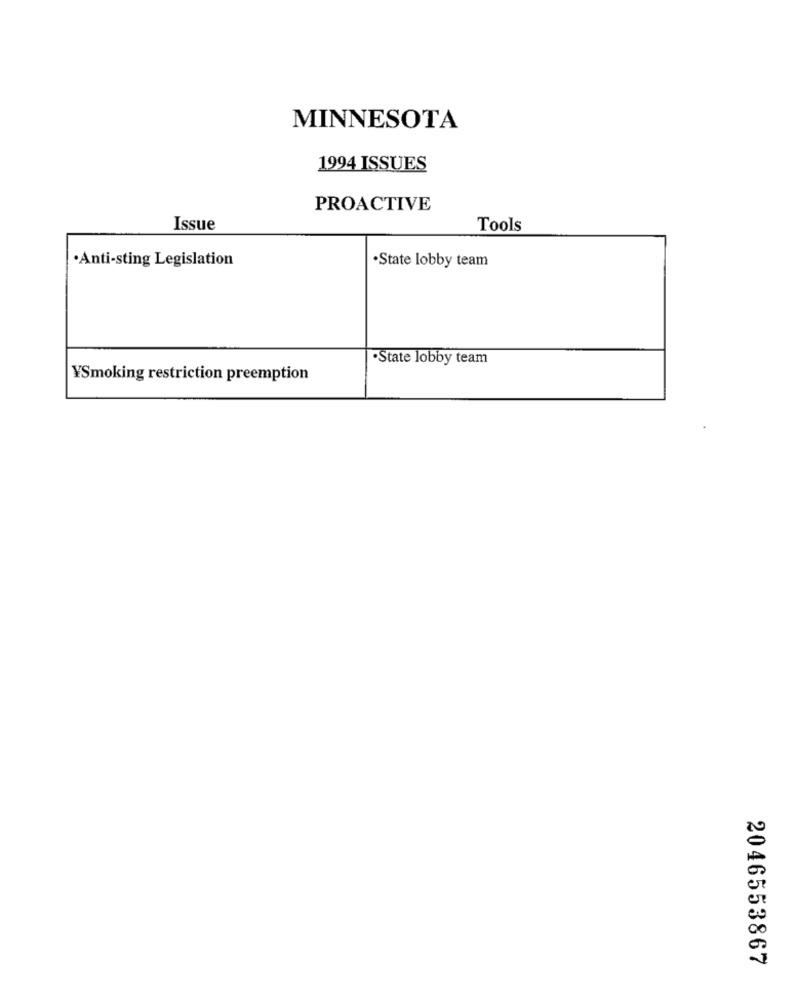
MINNESOTA
1994 ISSUES
PROACTIVE
Issue
Tools
·Anti-sting Legislation
·State lobby team
·State lobby team
YSmoking restriction preemption
2046553867